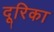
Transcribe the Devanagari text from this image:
दूरिका